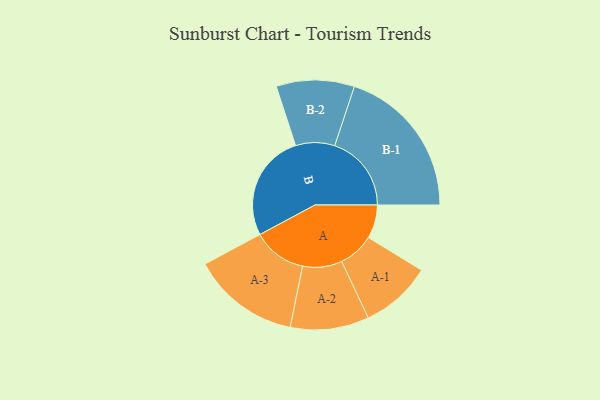
{"axis": {"x": "Segment", "y": "Value"}, "legend": ["", "A", "B"], "data": [{"x": "A", "y": 118, "type": ""}, {"x": "B", "y": 376, "type": ""}, {"x": "A-1", "y": 125, "type": "A"}, {"x": "A-2", "y": 138, "type": "A"}, {"x": "A-3", "y": 189, "type": "A"}, {"x": "B-1", "y": 269, "type": "B"}, {"x": "B-2", "y": 137, "type": "B"}]}